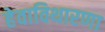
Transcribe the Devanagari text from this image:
हेवाविथारणा